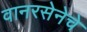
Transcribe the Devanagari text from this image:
वानरसेनेचे